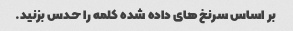
بر اساس سرنخ های داده شده کلمه را حدس بزنید.